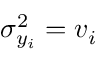
\sigma _ { y _ { i } } ^ { 2 } = v _ { i }